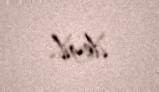
deyil.